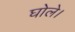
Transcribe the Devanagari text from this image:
घोले।